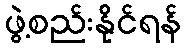
ဖွဲ့စည်းနိုင်ရန်